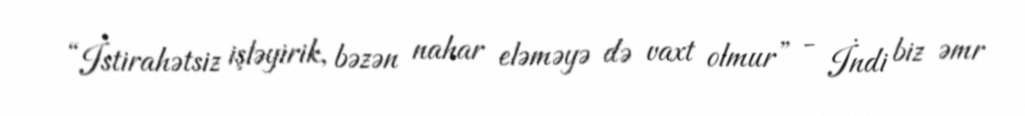
“İstirahətsiz işləyirik, bəzən nahar eləməyə də vaxt olmur” - İndi biz əmr